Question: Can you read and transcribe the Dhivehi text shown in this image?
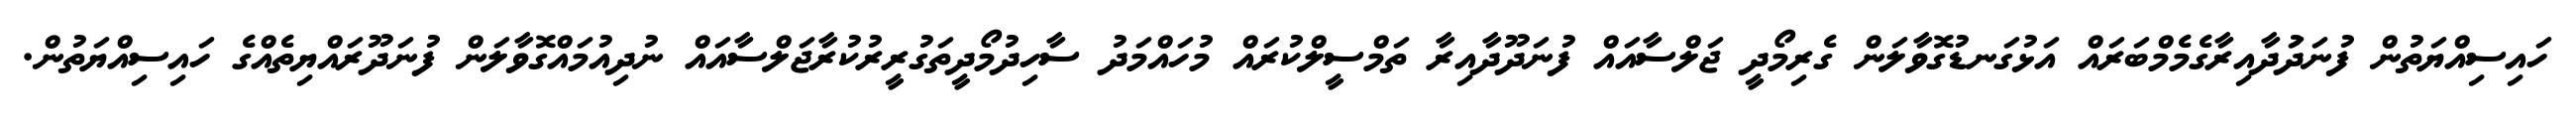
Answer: ހައިސިއްޔަތުން ފުނަދަުދާއިރާގެމެމްބަރައް އަޅުގަނޑުގޮވާލަން ގެރިމޯދީ ޖަލްސާއައް ފުނަދޫދާއިރާ ތަމްސީލްކުރައް މުހައްމަދު ސާހިދުމޯދީތަގުރީރުކުރާޖަލްސާއައް ނުދިއުމައްގޮވާލަން ފުނަދޫރައްޔިތެއްގެ ހައިސިއްޔަތުން.